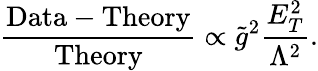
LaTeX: {{{\frac{\mathrm{Data}-\mathrm{Theory}}{\mathrm{Theory}}}}}\propto\tilde{g}^{2}{\frac{{E_{T}^{2}}}{\Lambda^{2}}}.